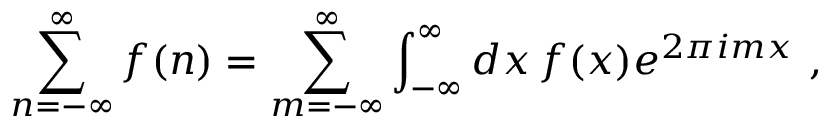
\sum _ { n = - \infty } ^ { \infty } f ( n ) = \sum _ { m = - \infty } ^ { \infty } \int _ { - \infty } ^ { \infty } d x \, f ( x ) e ^ { 2 \pi i m x } ~ ,